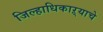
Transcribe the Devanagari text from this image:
जिल्हाधिकाऱ्याचे